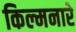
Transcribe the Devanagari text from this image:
किल्मनारे